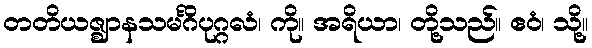
တတိယဇ္ဈာနသမင်္ဂိပုဂ္ဂလံ၊ ကို။ အရိယာ၊ တို့သည်။ ဧဝံ၊ သို့။